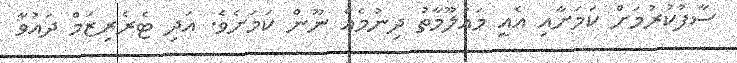
ސާފުކުރުމަށް ކަމަށާއި އެއީ މައުލޫމާތު ދިނުމެއް ނޫން ކަމަށެވެ. އަދި ޓެރެރިޒަމް ދައުވާ